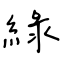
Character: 綠